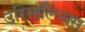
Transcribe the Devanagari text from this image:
उरिनाल्य्सिस